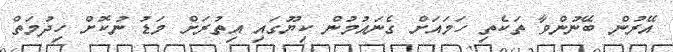
އޭރުން ބޭނުންވާ ތަކެތި ހަމައަށް ގެނައުމުން ކިޔޫގައި އިތުރަށް މަޑު ނުކޮށް ހިދުމަތް